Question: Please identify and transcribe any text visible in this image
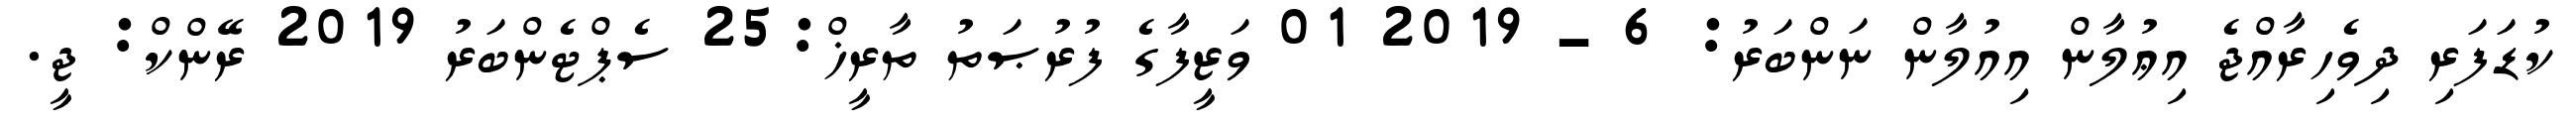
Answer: ކުޑަފަރި ދިވެހިރާއްޖެ އިޢުލާން އިއުލާން ނަންބަރު: 6 - 2019 01 ވަޒީފާގެ ފުރުޞަތު ތާރީޚް:25 ސެޕްޓެންބަރު 2019 ރޭންކް: ޖީ.